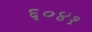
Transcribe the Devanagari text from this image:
६०४१